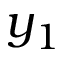
y _ { 1 }